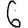
Digit: 6